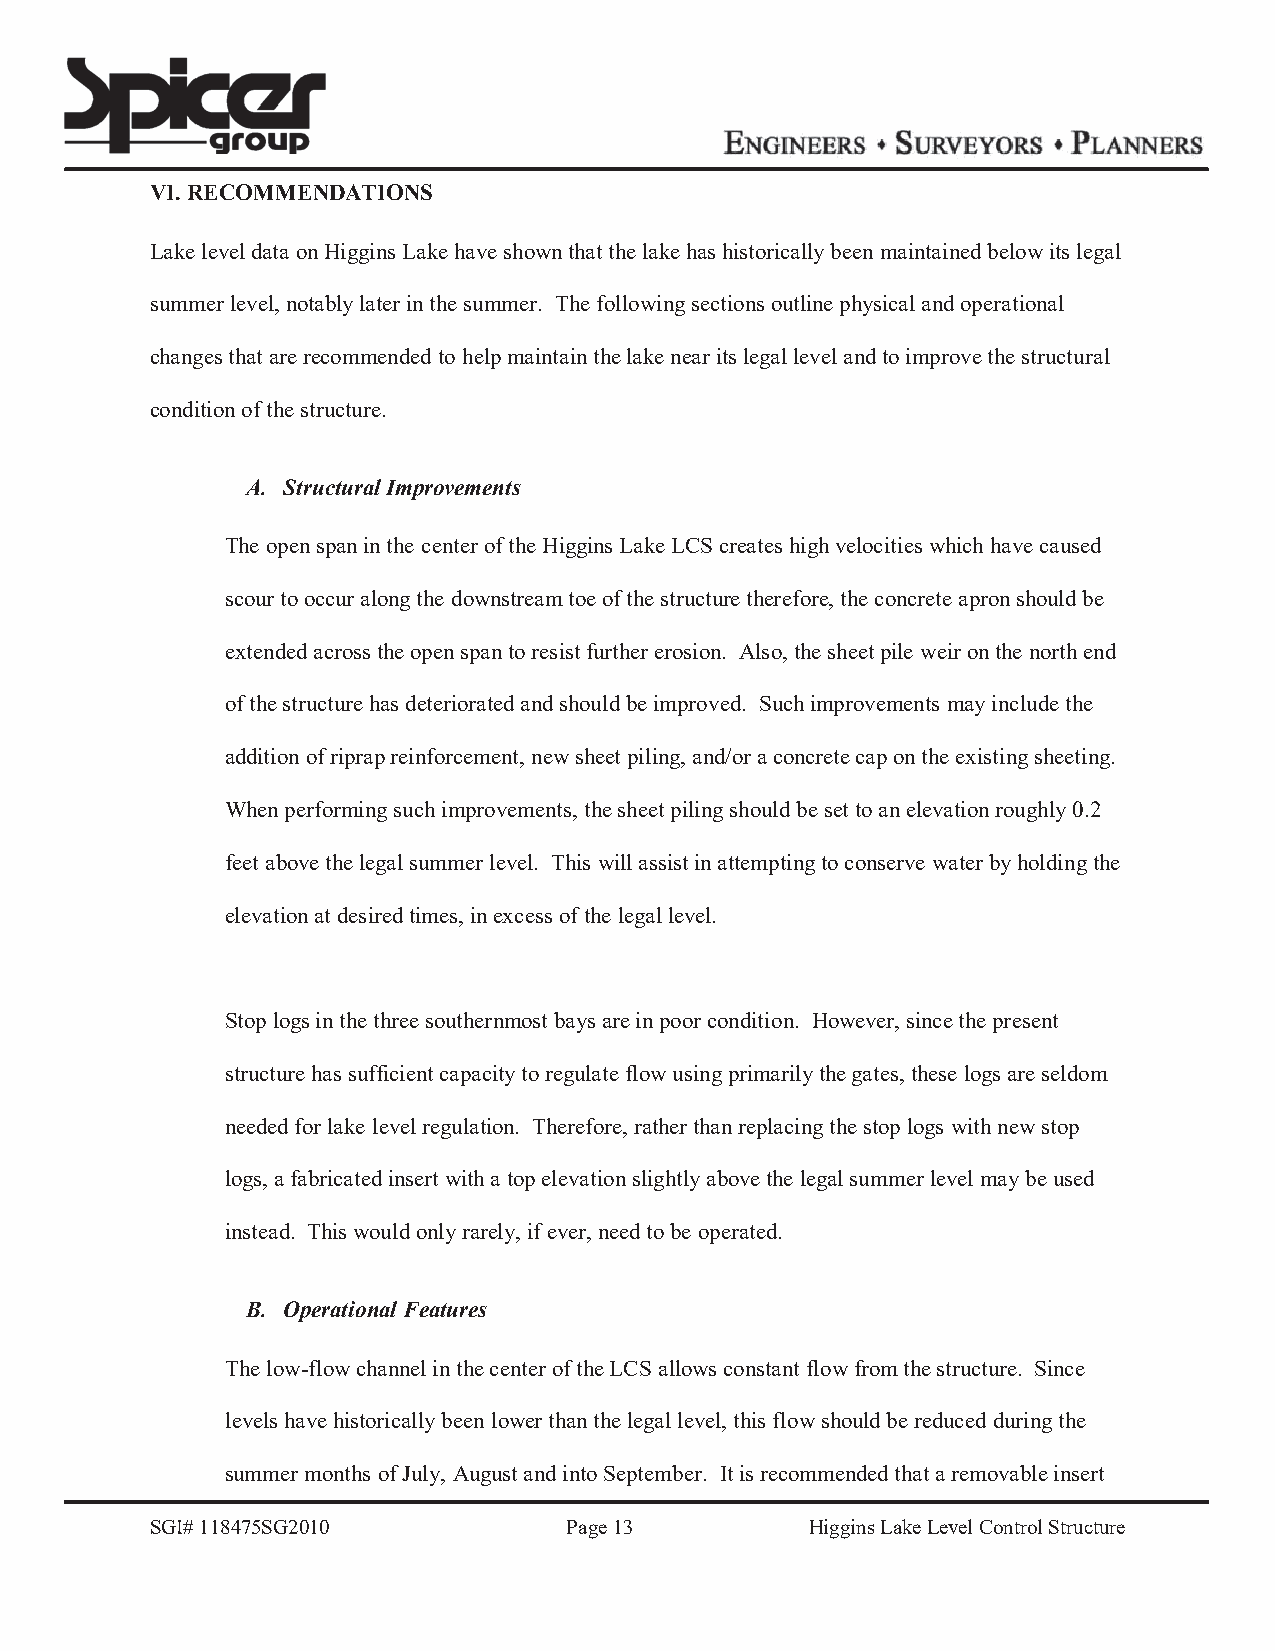
VI. RECOMMENDATIONS
 Lake level data on Higgins Lake have shown that the lake has historically been maintained below its legal
 summer level, notably later in the summer. The following sections outline physical and operational
 changes that are recommended to help maintain the lake near its legal level and to improve the structural
 condition of the structure.
 A. Structural Improvements
 The open span in the center of the Higgins Lake LCS creates high velocities which have caused
 scour to occur along the downstream toe of the structure therefore, the concrete apron should be
 extended across the open span to resist further erosion. Also, the sheet pile weir on the north end
 of the structure has deteriorated and should be improved. Such improvements may include the
 addition of riprap reinforcement, new sheet piling, and/or a concrete cap on the existing sheeting.
 When performing such improvements, the sheet piling should be set to an elevation roughly 0.2
 feet above the legal summer level. This will assist in attempting to conserve water by holding the
 elevation at desired times, in excess of the legal level.
 Stop logs in the three southernmost bays are in poor condition. However, since the present
 structure has sufficient capacity to regulate flow using primarily the gates, these logs are seldom
 needed for lake level regulation. Therefore, rather than replacing the stop logs with new stop
 logs, a fabricated insert with a top elevation slightly above the legal summer level may be used
 instead. This would only rarely, if ever, need to be operated.
 B. Operational Features
 The low-flow channel in the center of the LCS allows constant flow from the structure. Since
 levels have historically been lower than the legal level, this flow should be reduced during the
 summer months of July, August and into September. It is recommended that a removable insert
 SGI# 118475SG2010           Page 13         Higgins Lake Level Control Structure